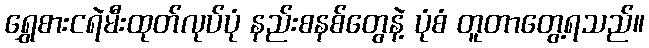
ရွှေစားငရဲမီးထုတ်လုပ်ပုံ နည်းစနစ်တွေနဲ့ ပုံစံ တူတာတွေ့ရသည်။